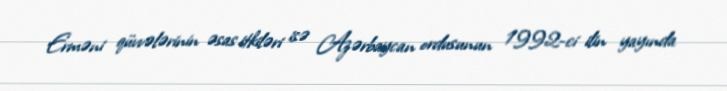
Erməni qüvvələrinin əsas itkiləri isə Azərbaycan ordusunun 1992-ci ilin yayında